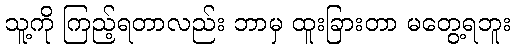
သူ့ကို ကြည့်ရတာလည်း ဘာမှ ထူးခြားတာ မတွေ့ရဘူး